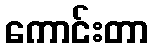
ကောင်းတာ